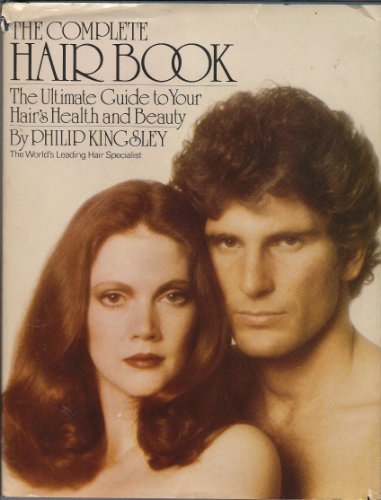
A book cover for The complete hair book: The ultimate guide to your hair's health and beauty; Philip Kingsley; Health, Fitness & Dieting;